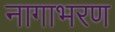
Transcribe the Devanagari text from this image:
नागाभरण